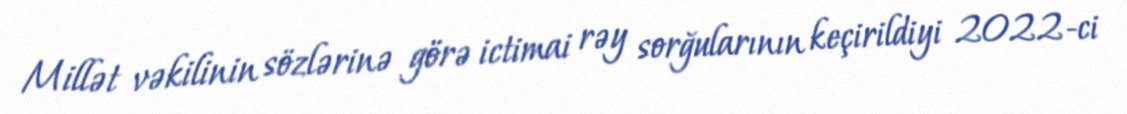
Millət vəkilinin sözlərinə görə ictimai rəy sorğularının keçirildiyi 2022-ci